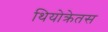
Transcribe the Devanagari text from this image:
थियोक्रेतस